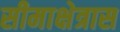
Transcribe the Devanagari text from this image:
सीमाक्षेत्रास